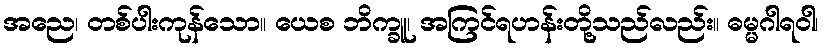
အညေ၊ တစ်ပါးကုန်သော။ ယေစ ဘိက္ခူ၊ အကြင်ရဟန်းတို့သည်လည်း။ ဓမ္မဂါရဝါ၊